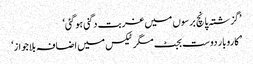
’گزشتہ پانچ برسوں میں غربت دگنی ہو گئی‘
’ کاروبار دوست بجٹ مگر ٹیکس میں اضافہ بلاجواز‘